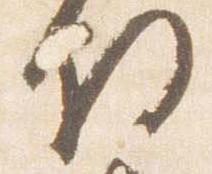
将